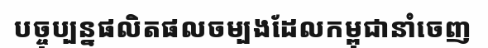
បច្ចុប្បន្នផលិតផលចម្បងដែលកម្ពុជានាំចេញ